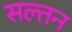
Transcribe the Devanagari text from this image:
सल्तन